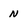
Character: n